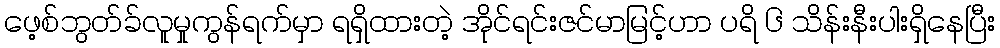
ဖေ့စ်ဘွတ်ခ်လူမှုကွန်ရက်မှာ ရရှိထားတဲ့ အိုင်ရင်းဇင်မာမြင့်ဟာ ပရိ ၆ သိန်းနီးပါးရှိနေပြီး